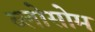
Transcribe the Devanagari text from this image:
ब्लोसोम